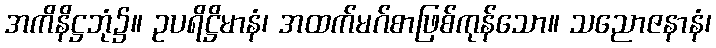
အကိနိဋ္ဌဘုံ၌။ ဥပရိဋ္ဌိမာနံ၊ အထက်မဂ်စာဖြစ်ကုန်သော။ သညောဇနာနံ၊